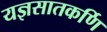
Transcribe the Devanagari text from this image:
यज्ञसातकर्णि